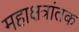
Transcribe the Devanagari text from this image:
महाक्षत्रांतक